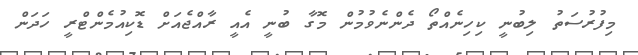
މިފުރުސަތު ލިބުނީ ކިހިނެއްތޯ ދެންނެވުމުން މޮގާ ބުނީ އެއީ ރާއްޖެއަށް ޑޮކިއުމެންޓްރީ ހަދަން